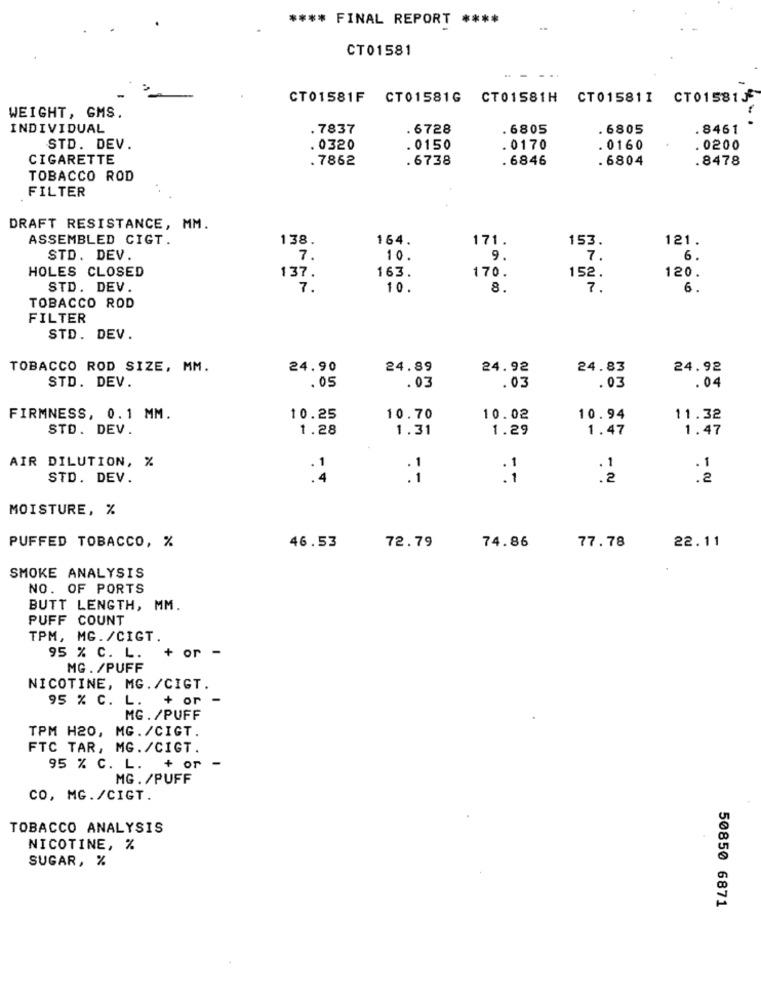
**** FINAL REPORT ****
CT01581
CT01581F CT01581G CT01581H CT015811 CT0158155
WEIGHT, GMS.
INDIVIDUAL
.7837
6728
. 6805
. 6805
.8461
STD. DEV.
. 0320
. 0150
.0170
.0160
. 0200
CIGARETTE
.7862
.6738
. 6846
. 6804
.8478
TOBACCO ROD
FILTER
DRAFT RESISTANCE, MM.
ASSEMBLED CIGT.
138.
164.
171.
153.
121.
STD. DEV
7.
10.
9
7 .
6.
HOLES CLOSED
137.
163.
170.
152.
120.
STD. DEV.
7.
10.
8.
7 .
6.
TOBACCO ROD
FILTER
STD. DEV.
TOBACCO ROD SIZE, MM.
24.90
24.89
24.92
24.83
24.92
STD. DEV.
.05
.03
. 03
.03
.04
FIRMNESS, 0.1 MM.
10.25
10.70
10.02
10.94
11.32
STD. DEV.
1.28
1.31
1.29
1.47
1.47
AIR DILUTION, %
. 1
STD. DEV.
.2
.2
MOISTURE, %
PUFFED TOBACCO, %
72.79
74.86
77.78
22.11
46.53
SMOKE ANALYSIS
NO. OF PORTS
BUTT LENGTH, MM.
PUFF COUNT
TPM, MG. /CIGT.
+ or -
95 % C. L.
MG . /PUFF
NICOTINE, MG./CIGT.
95 % C. L.
+ or
MG. /PUFF
TPM H20, MG. /CIGT.
FTC TAR, MG. /CIGT.
95 % C. L. + or -
MG. /PUFF
CO, MG./CIGT.
TOBACCO ANALYSIS
NICOTINE, %
SUGAR, %
50850 6871